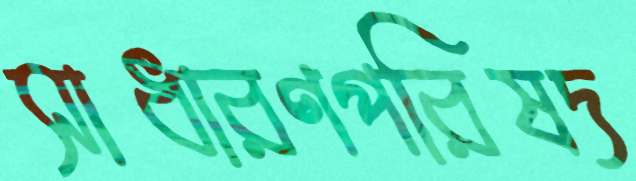
সাধারণপরিষদ